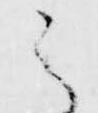
云